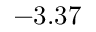
- 3 . 3 7